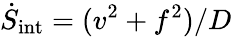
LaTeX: \dot{S}_{\mathrm{int}}=(v^{2}+f^{2})/D